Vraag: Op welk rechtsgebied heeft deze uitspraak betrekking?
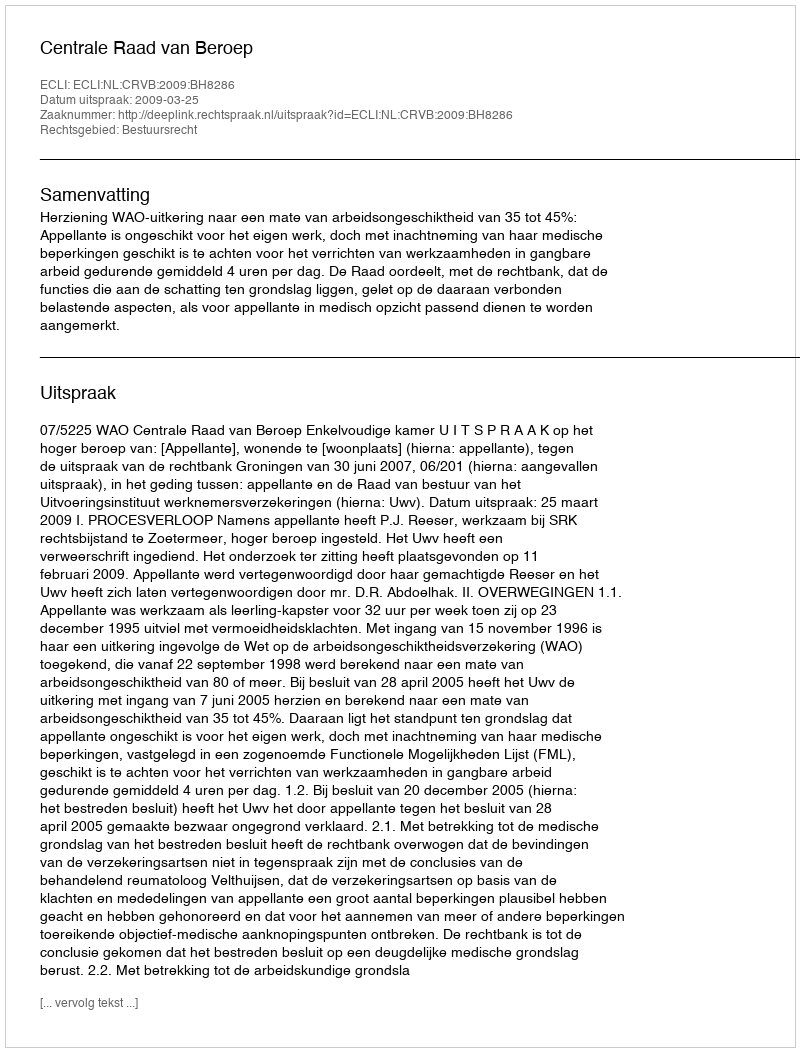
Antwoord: Bestuursrecht